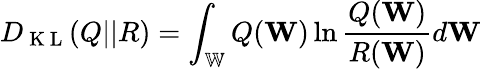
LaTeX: D_{\mathrm{~K~L~}}(Q||R)=\int_{\mathbb{W}}Q(\mathbf{W})\ln\frac{Q(\mathbf{W})}{R(\mathbf{W})}d\mathbf{W}